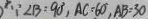
\because \angle B = 9 0 ^ { \circ } , A C = 6 0 , A B = 3 0